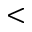
<